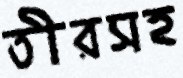
তীরসহ